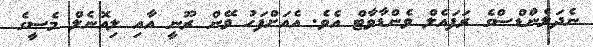
ނެދަލެންޑްސްގެ ރަފައެލް ވެންޑާވާޓް އެވެ. އެއަށްފަހު ވޭން ރޫނީ އާއި ލިއޮނެލް މެސީގެ